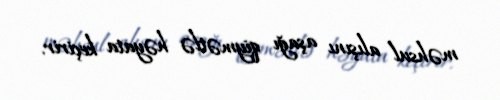
məhsul alışını aşağı qiymətlə həyata keçirir.